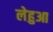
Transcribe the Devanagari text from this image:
लेहुआ